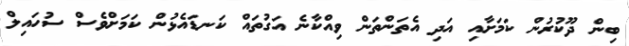
ބިން ދޫކުރުން ކަމަށާއި އަދި އެތަންތަން ވިއްކާނެ އަގުތައް ކަނޑައެޅުން ކަމަށްވެސް ސުހައިލް